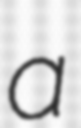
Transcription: a